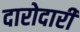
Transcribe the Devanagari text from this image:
दारोदारी